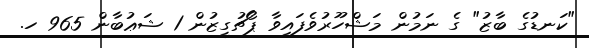
"ކަނޑުގެ ބާޒު" ގެ ނަމުން މަޝްހޫރުވެފައިވާ ޕޯޗުގީޒުން 1 ޝަޢުބާން 965 ހ.